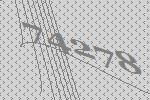
74278